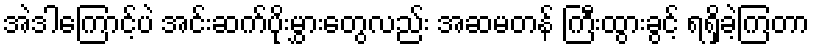
အဲဒါကြောင့်ပဲ အင်းဆက်ပိုးမွှားတွေလည်း အဆမတန် ကြီးထွားခွင့် ရရှိခဲ့ကြတာ